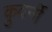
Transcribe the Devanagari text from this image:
कुवर्नी